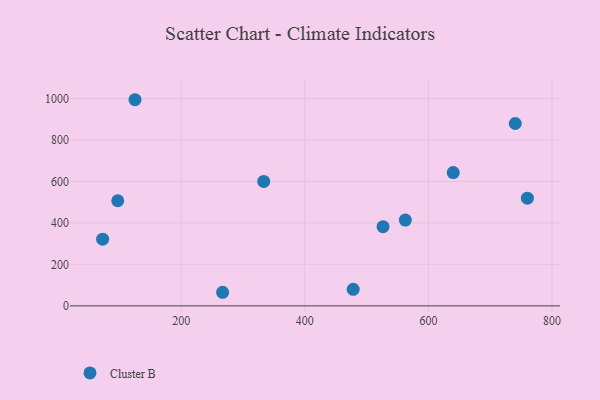
{"axis": {"x": "Experience", "y": "Yield"}, "legend": ["Cluster B"], "data": [{"x": "740.6", "y": 879.8, "type": "Cluster B"}, {"x": "267.0", "y": 65.6, "type": "Cluster B"}, {"x": "640.2", "y": 643.0, "type": "Cluster B"}, {"x": "478.3", "y": 79.7, "type": "Cluster B"}, {"x": "333.5", "y": 600.5, "type": "Cluster B"}, {"x": "97.3", "y": 507.2, "type": "Cluster B"}, {"x": "72.8", "y": 321.9, "type": "Cluster B"}, {"x": "125.2", "y": 994.4, "type": "Cluster B"}, {"x": "562.7", "y": 413.7, "type": "Cluster B"}, {"x": "760.2", "y": 519.4, "type": "Cluster B"}, {"x": "526.6", "y": 382.0, "type": "Cluster B"}]}